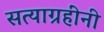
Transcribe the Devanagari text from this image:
सत्याग्रहींनी